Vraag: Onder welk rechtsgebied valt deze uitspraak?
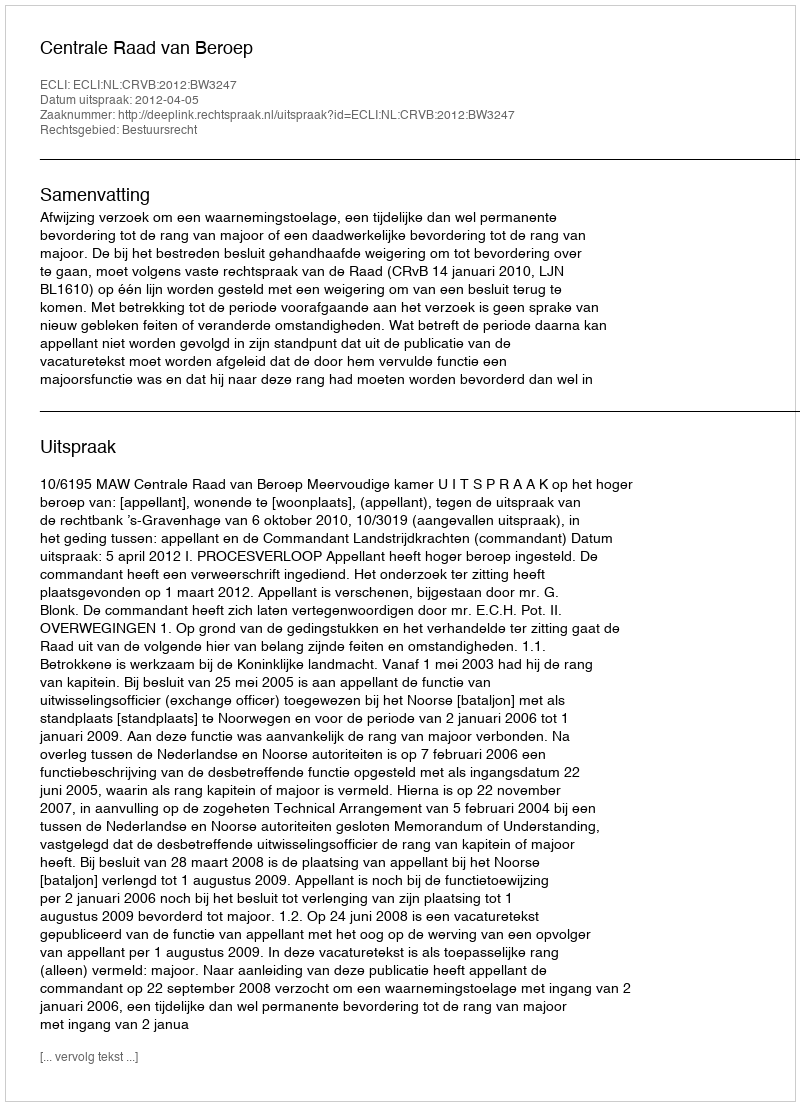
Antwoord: Bestuursrecht